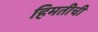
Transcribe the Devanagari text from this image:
हिमतीची